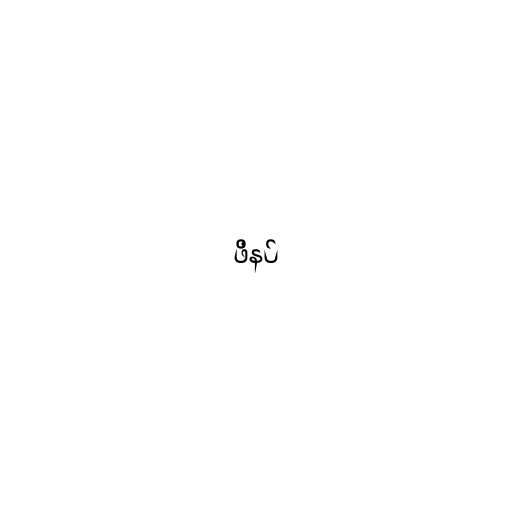
ဖိနပ်